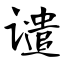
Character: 谴